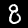
Digit: 8